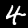
Digit: 4